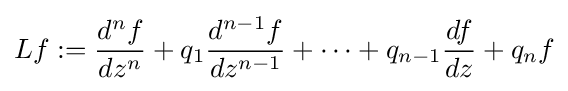
Lf:={\frac {d^{n}f}{dz^{n}}}+q_{1}{\frac {d^{n-1}f}{dz^{n-1}}}+\cdots +q_{n-1}{\frac {df}{dz}}+q_{n}f